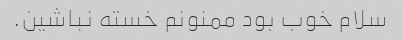
سلام خوب بود ممنونم خسته نباشین.